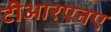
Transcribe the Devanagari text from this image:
टीआरएनए